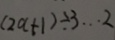
( 2 a + 1 ) \div 3 \cdots 2